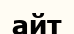
айт